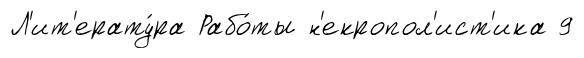
Л'ит'ерату́ра Рабо́ты н'екропол'ист'ика 9